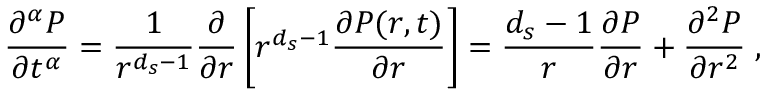
\frac { \partial ^ { \alpha } P } { \partial t ^ { \alpha } } = \frac { 1 } { r ^ { d _ { s } - 1 } } \frac { \partial } { \partial r } \left[ r ^ { d _ { s } - 1 } \frac { \partial P ( r , t ) } { \partial r } \right] = \frac { d _ { s } - 1 } { r } \frac { \partial P } { \partial r } + \frac { \partial ^ { 2 } P } { \partial r ^ { 2 } } \; ,